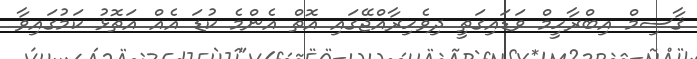
ޤާސިމް އިބްރާހީމް ވަޑައިގަތީ ދިވެހިރާއްޖޭގައި އޮތް އެންމެ ކުޑަ އެއް އަތޮޅު ކަމުގައިވާ